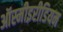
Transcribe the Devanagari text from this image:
ऑस्मीइरीडियम